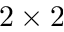
2 \times 2